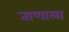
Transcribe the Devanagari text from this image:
ताणाला